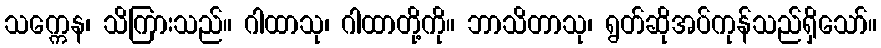
သက္ကေန၊ သိကြားသည်။ ဂါထာသု၊ ဂါထာတို့ကို။ ဘာသိတာသု၊ ရွတ်ဆိုအပ်ကုန်သည်ရှိသော်။